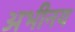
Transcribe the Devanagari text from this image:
अभीनय